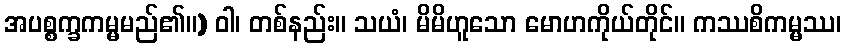
အပစ္စက္ခကမ္မမည်၏။) ဝါ၊ တစ်နည်း။ သယံ၊ မိမိဟူသော မောဟကိုယ်တိုင်။ ကဿစိကမ္မဿ၊